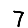
Digit: 7